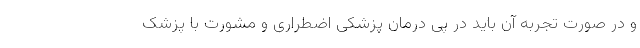
و در صورت تجربه آن باید در پی درمان پزشکی اضطراری و مشورت با پزشک